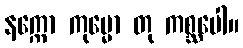
နက္ကော ကုမ္မော တု ကစ္ဆပေါ။